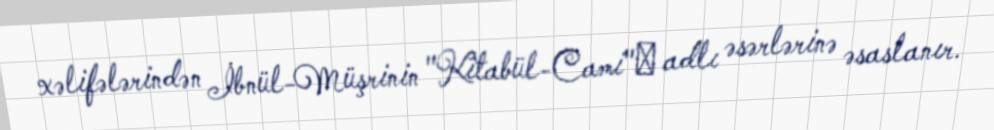
xəlifələrindən İbnül-Müşrinin "Kitabül-Cami"ʿ adlı əsərlərinə əsaslanır.